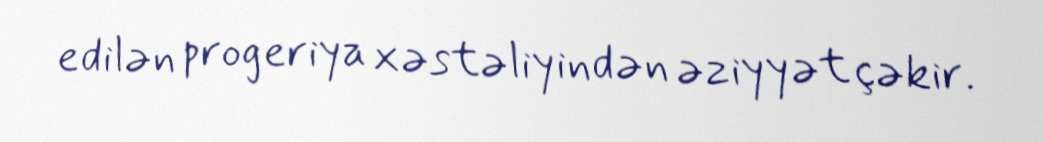
edilən progeriya xəstəliyindən əziyyət çəkir.